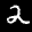
Label: 2